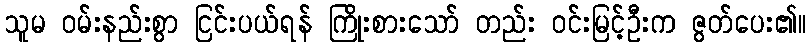
သူမ ဝမ်းနည်းစွာ ငြင်းပယ်ရန် ကြိုးစားသော် တည်း ဝင်းမြင့်ဦးက ဇွတ်ပေး၏။